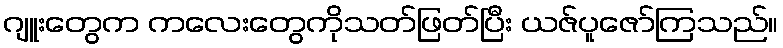
ဂျူးတွေက ကလေးတွေကိုသတ်ဖြတ်ပြီး ယဇ်ပူဇော်ကြသည်။